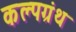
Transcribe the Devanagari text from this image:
कल्पग्रंथ